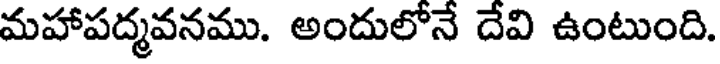
మహాపద్మవనము. అందులోనే దేవి ఉంటుంది.